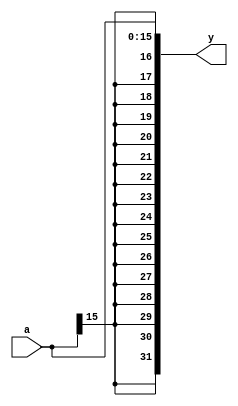
module cpu4_signext (
	input  [15:0] a,
	output [31:0] y
	);
	
	assign y = {{16{a[15]}}, a};
	
endmodule